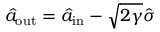
\hat { a } _ { \mathrm { o u t } } = \hat { a } _ { \mathrm { i n } } - \sqrt { 2 \gamma } \hat { \sigma }